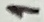
Text: 1